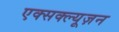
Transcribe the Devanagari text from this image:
एक्सक्ल्यूज़न